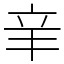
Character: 𨐌